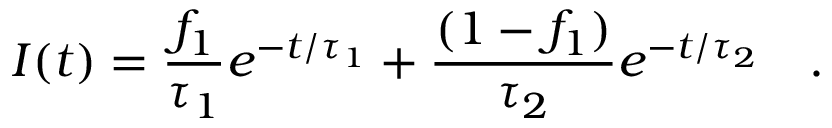
I ( t ) = \frac { f _ { 1 } } { \tau _ { 1 } } e ^ { - t / \tau _ { 1 } } + \frac { ( 1 - f _ { 1 } ) } { \tau _ { 2 } } e ^ { - t / \tau _ { 2 } } \quad .